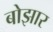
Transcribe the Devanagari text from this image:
बोझार